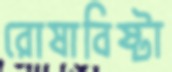
রোষাবিষ্টা